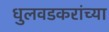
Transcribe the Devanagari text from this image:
धुलवडकरांच्या